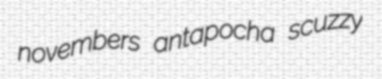
novembers antapocha scuzzy